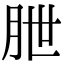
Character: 朑